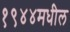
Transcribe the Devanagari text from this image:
१९४४मधील